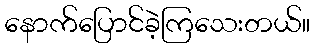
နောက်ပြောင်ခဲ့ကြသေးတယ်။